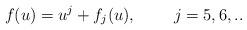
LaTeX: \begin{align*}f(u)=u^{j}+f_{j}(u), \;\;\;\; \;\;\;\;j=5,6,..\end{align*}